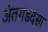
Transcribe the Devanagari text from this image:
अंतगडदसा